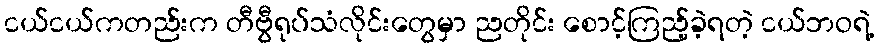
ငယ်ငယ်ကတည်းက တီဗွီရုပ်သံလိုင်းတွေမှာ ညတိုင်း စောင့်ကြည့်ခဲ့ရတဲ့ ငယ်ဘဝရဲ့